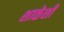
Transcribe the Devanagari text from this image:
शाळेशी